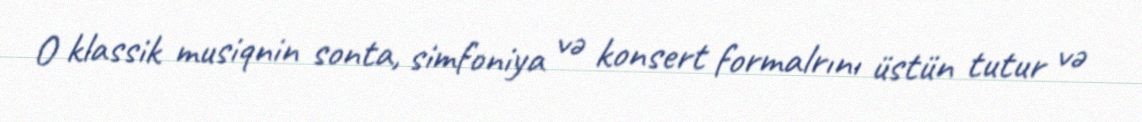
O klassik musiqnin sonta, simfoniya və konsert formalrını üstün tutur və